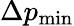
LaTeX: \Delta p_{\mathrm{min}}